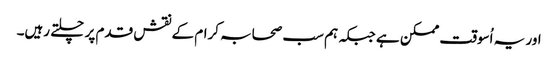
اور یہ اُسوقت ممکن ہے جبکہ ہم سب صحابہ کرام کے نقش قدم پر چلتے رہیں۔